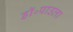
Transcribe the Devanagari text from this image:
डॉ॰पाउला